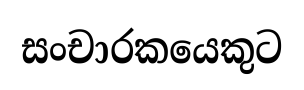
සංචාරකයෙකුට